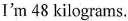
I'm 48 kilograms.